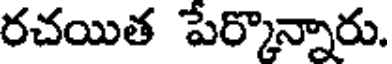
రచయిత పేర్కొన్నారు.